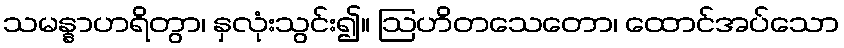
သမန္နာဟရိတွာ၊ နှလုံးသွင်း၍။ ဩဟိတသေတော၊ ထောင်အပ်သော